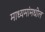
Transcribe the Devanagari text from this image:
माध्यमांमधील